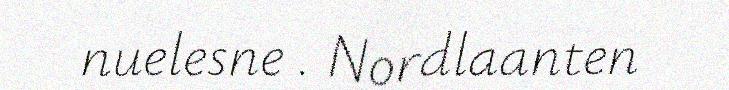
nuelesne . Nordlaanten